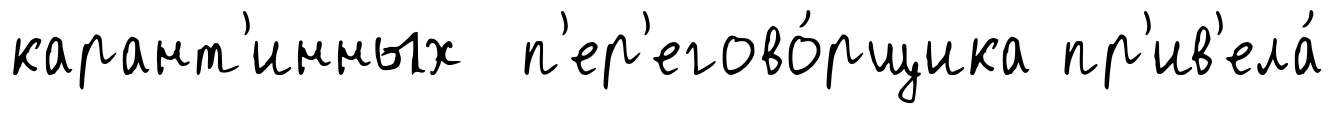
карант'инных п'ер'егово́рщика пр'ив'ела́